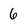
Character: 6